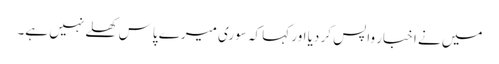
میں نے اخبار واپس کر دیا اور کہا کہ سوری میرے پاس کھلے نہیں ہے۔